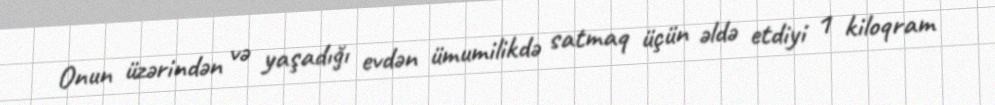
Onun üzərindən və yaşadığı evdən ümumilikdə satmaq üçün əldə etdiyi 1 kiloqram